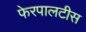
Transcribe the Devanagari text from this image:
फेरपालटीस